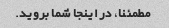
مطمئنا، در اینجا شما بروید.